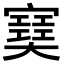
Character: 𡫟